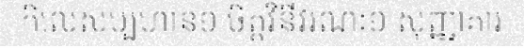
កិលេសប្បហាន១ ចិត្តវិនីវរណៈ១ សុញ្ញាគារ